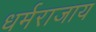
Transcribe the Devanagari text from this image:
धर्मराजाय